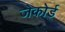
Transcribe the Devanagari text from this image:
जेकोर्ड